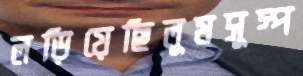
লড়িয়েছিলুমসুস্প